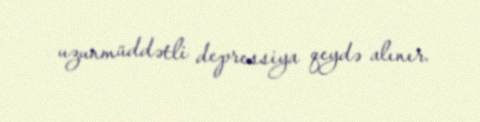
uzunmüddətli depressiya qeydə alınır.